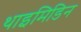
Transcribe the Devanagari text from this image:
थाइमिडिन